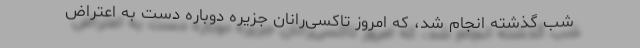
شب گذشته انجام شد،‌ که امروز تاکسی‌رانان جزیره دوباره دست به اعتراض